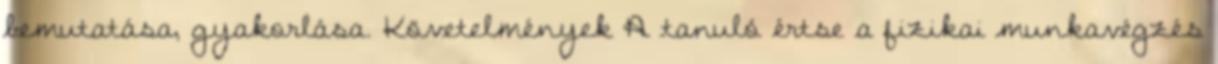
bemutatása, gyakorlása. Követelmények A tanuló értse a fizikai munkavégzés